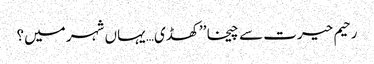
رحیم حیرت سے چیخا ’’کھڈی… یہاں شہر میں؟